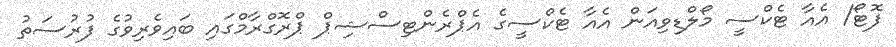
ފޮޓޯ/ އެއާ ޓެކްސީ މޯލްޑިވިއަން އެއާ ޓެކްސީގެ އެޕްރެންޓިސްޝިޕް ޕްރޮގްރާމްގައި ބައިވެރިވުގެ ފުރުސަތު